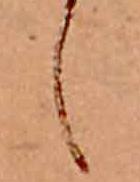
し